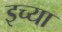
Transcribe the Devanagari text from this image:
इच्या